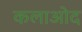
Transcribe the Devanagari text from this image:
कलाओद